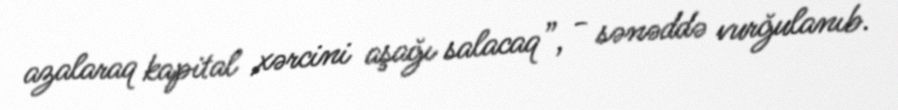
azalaraq kapital xərcini aşağı salacaq”, - sənəddə vurğulanıb.